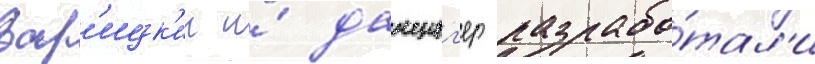
Зар'ицк'ии и́ данциг'ер разрабо́тал'и